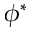
\phi ^ { * }